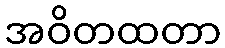
အဝိတထတာ